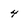
Character: 4